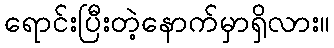
ရောင်းပြီးတဲ့နောက်မှာရှိလား။